kultuurilooline_kollektsioon, lk 2
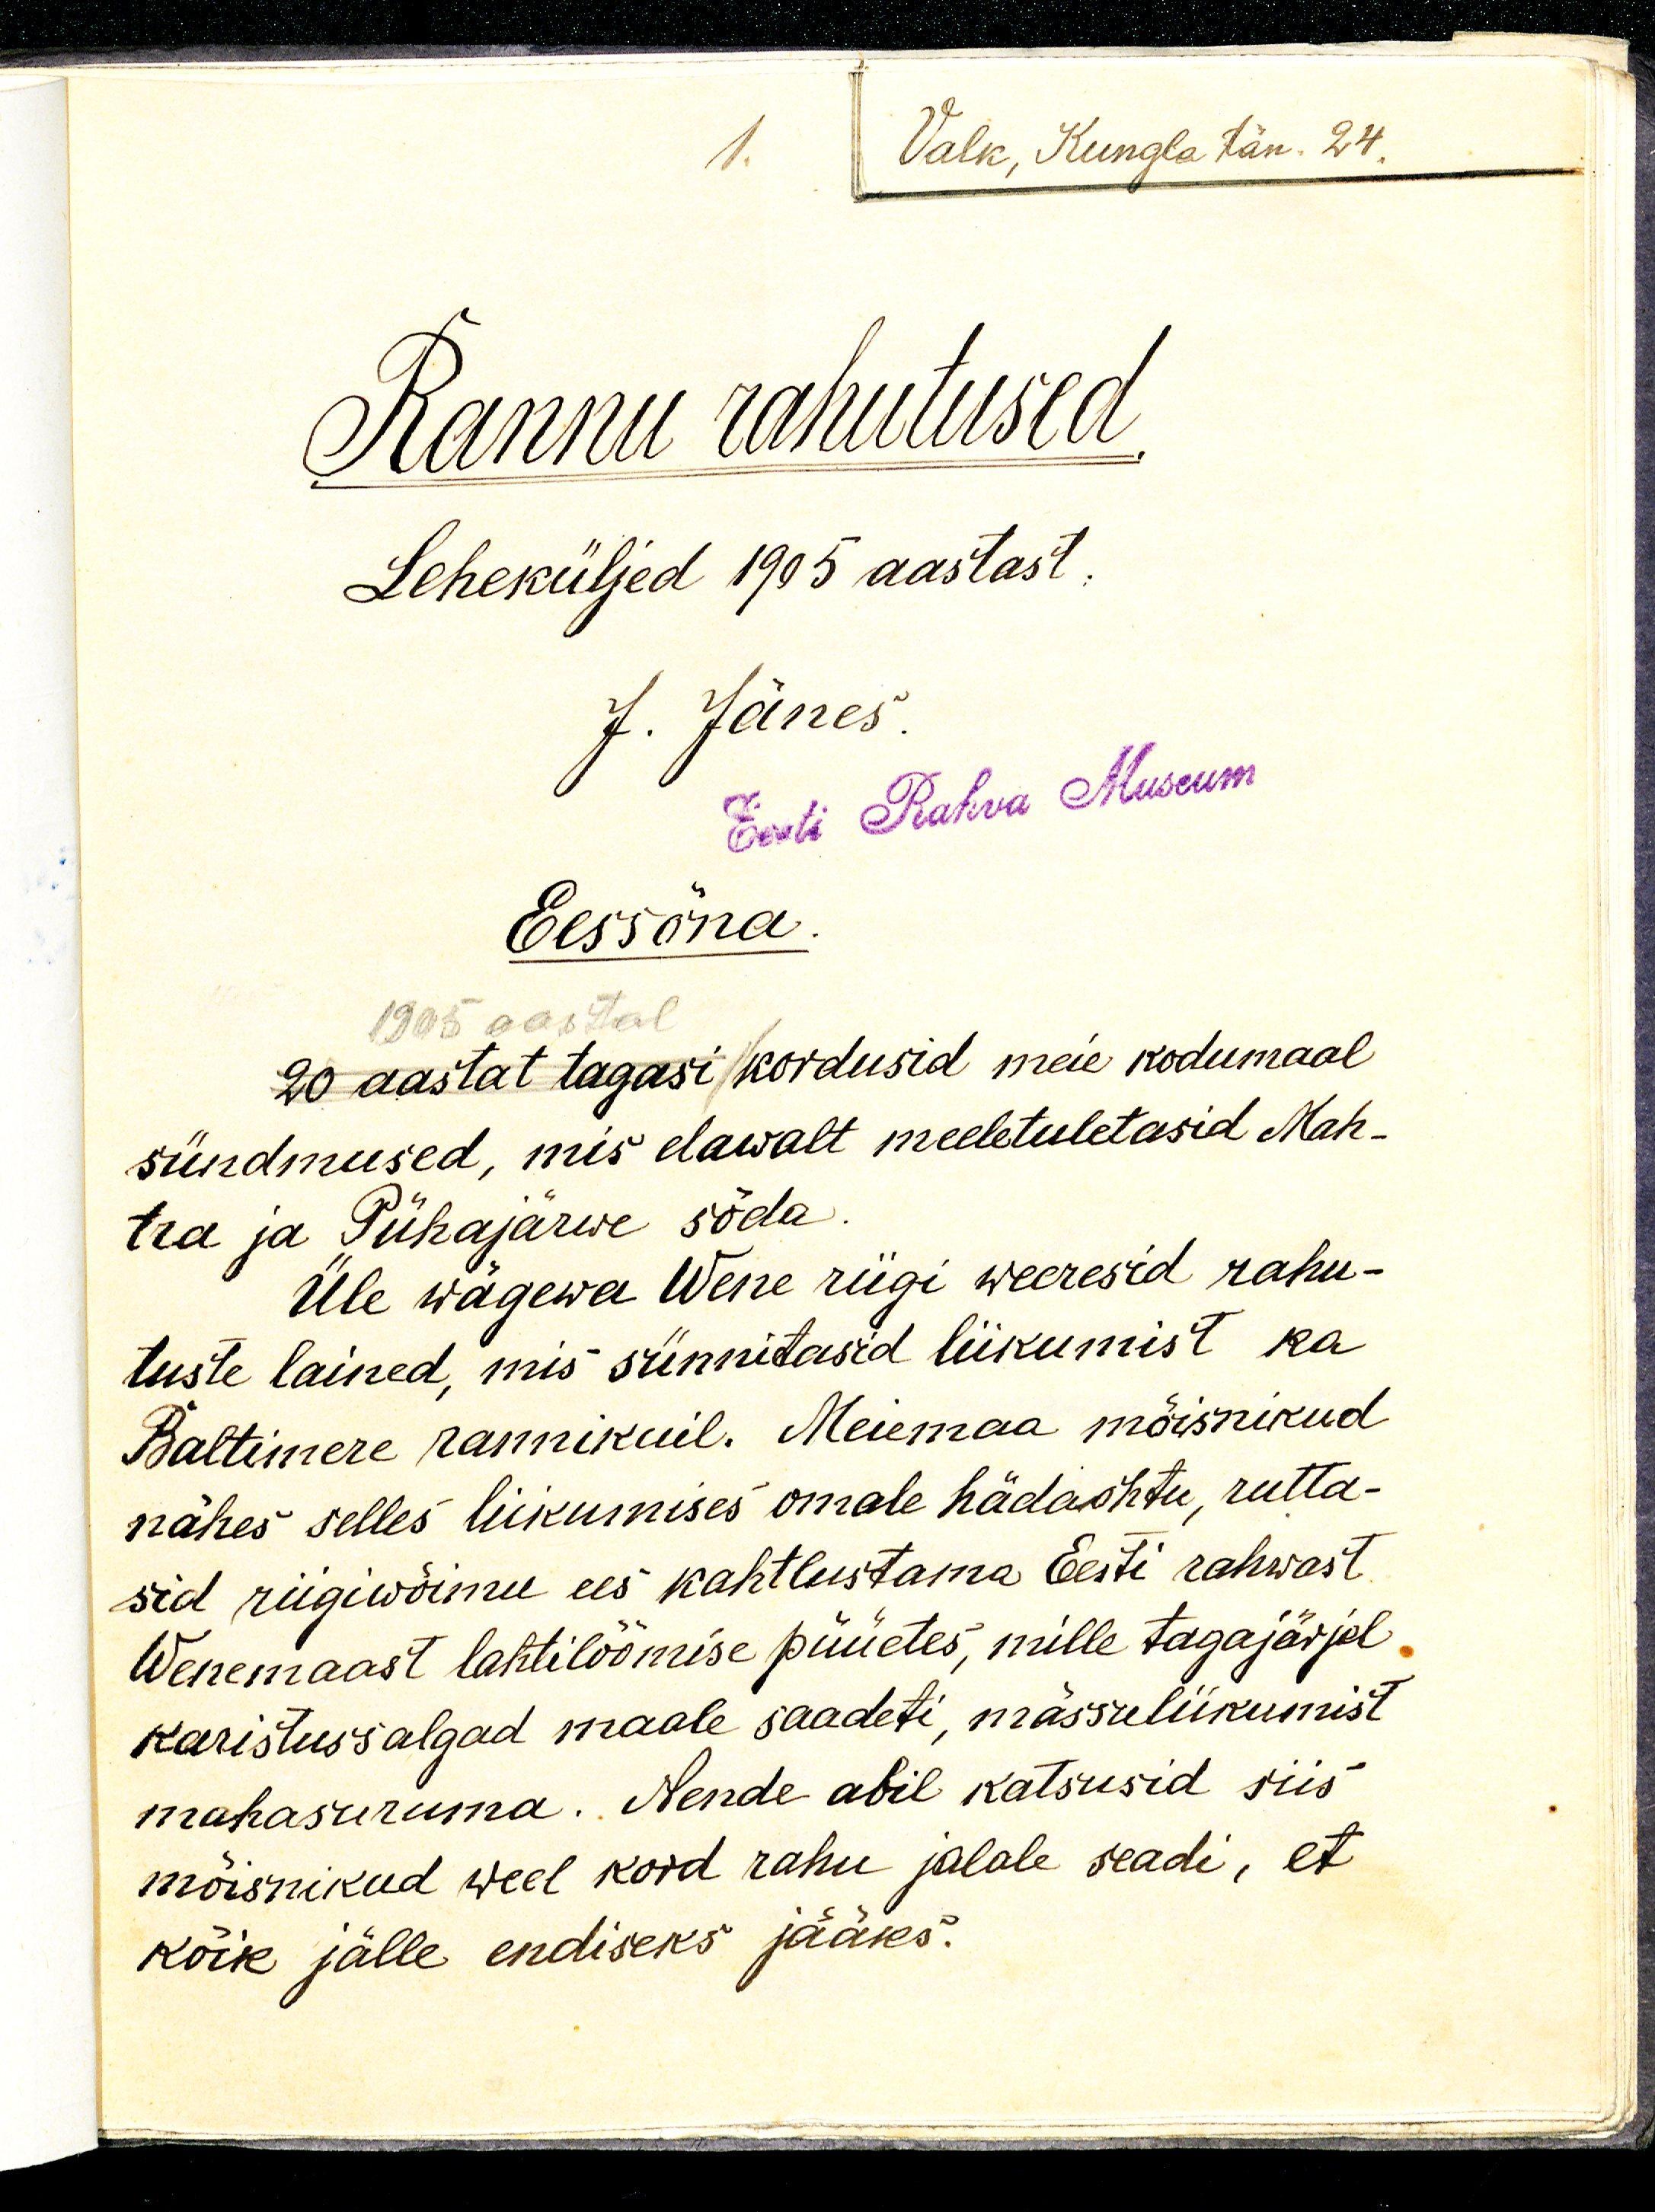
Valk, Kungla Tän. 24.
1.
Rannu rahutused.
Leheküljed 1905 aastast.
J. Jänes.
Eest Rahva Museum
Eessõna.
1905 aastal
20 aastat tagasi kordusid meie kodumaal
sündmused, mis elawalt meeletuletasid Mah-
tra ja Pühajärwe sõda.
Üle vägewa Wene riigi weeresid rahu-
tuste lained, mis sünnitasid liikumist ka
Baltimere rannikuil. Meiemaa mõisnikud
nähes selles liikumises omale hädaohtu, rutta-
sid riigiwõimu ees kahtlustama Eesti rahwast
Wenemaast lahtilöömise püüetes, mille tagajärjel
karistussalgad maale saadeti, mässuliikumist
mahasuruma. Nende abil katsusid siis
mõisnikud weel kord rahu jalale seadi, et
kõik jälle endiseks jääks.